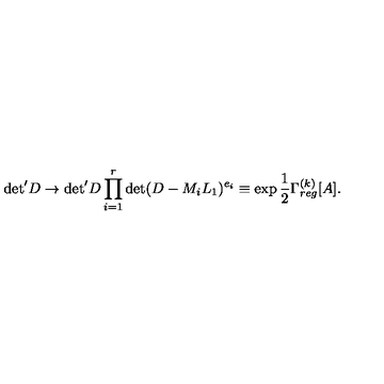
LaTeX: { \det } ^ { \prime } D \to { \det } ^ { \prime } D \prod _ { i = 1 } ^ { r } \det ( D - M _ { i } L _ { 1 } ) ^ { e _ { i } } \equiv \exp \frac { 1 } { 2 } \Gamma _ { r e g } ^ { ( k ) } [ A ] .